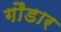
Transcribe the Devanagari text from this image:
गौडार